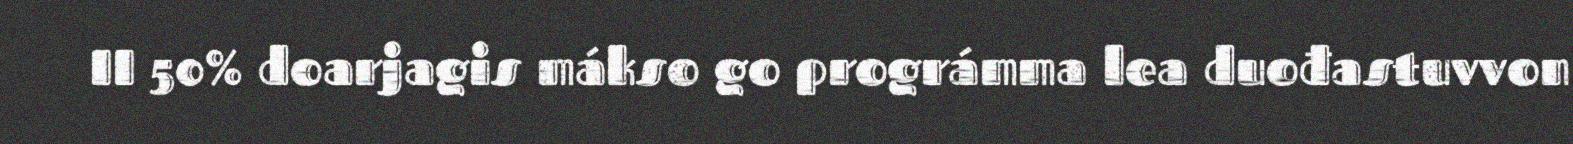
II 50% doarjagis mákso go prográmma lea duođastuvvon